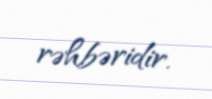
rəhbəridir.